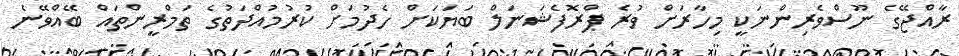
ރާއްޖޭގެ ނޫސްވެރިންނަކީ މިހާރަށް ވުރެ ޕްރޮފެޝަނަލް ބަޔަކަށް ހެދުމަށް ކުރުމުއްދަތުގެ ތަމްރީންތައް ބޭއްވޭނެ